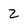
Character: 2